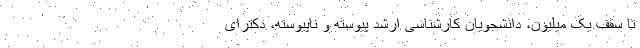
تا سقف یک میلیون، دانشجویان کارشناسی ارشد پیوسته و ناپیوسته، دکترای